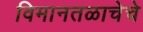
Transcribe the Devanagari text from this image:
विमानतळाचेचे